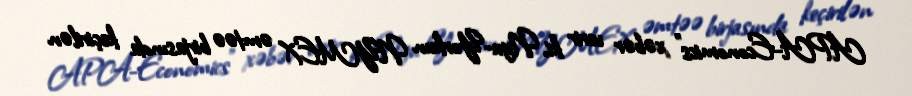
APA-Economics" xəbər verir ki, Nyu-Yorkun NYMEX əmtəə birjasında keçirilən